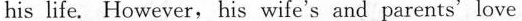
his life. However, his wife's and parents'love